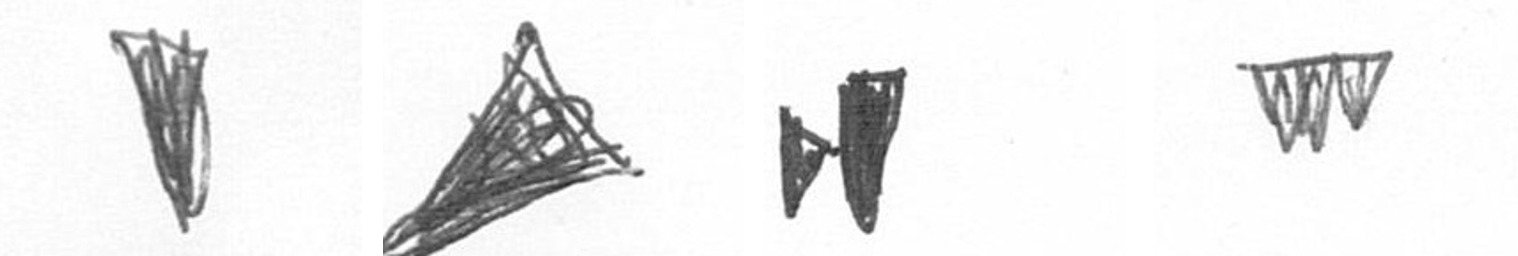
J O M L